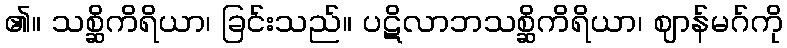
၏။ သစ္ဆိကိရိယာ၊ ခြင်းသည်။ ပဋိလာဘသစ္ဆိကိရိယာ၊ ဈာန်မဂ်ကို